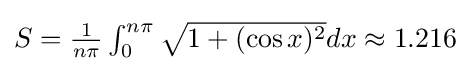
S=\textstyle {\tfrac {1}{n\pi }}\int _{0}^{n\pi }{\sqrt {1+(\cos x)^{2}}}dx\approx 1.216